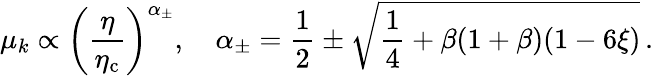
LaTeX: \mu_{k}\propto\left(\frac{\eta}{\eta_{\mathrm{c}}}\right)^{\alpha{_{\pm}}},\quad\alpha_{\pm}=\frac{1}{2}\pm\sqrt{\frac{1}{4}+\beta(1+\beta)(1-6\xi)}\, .